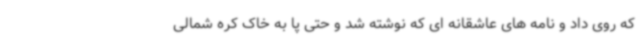
که روی داد و نامه های عاشقانه ای که نوشته شد و حتی پا به خاک کره شمالی